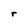
Character: r